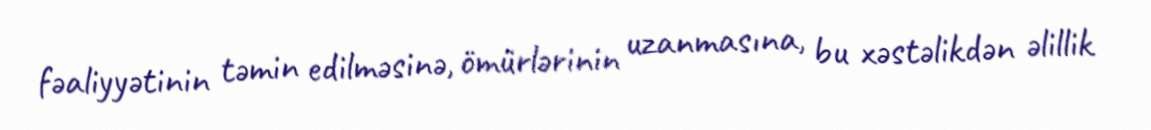
fəaliyyətinin təmin edilməsinə, ömürlərinin uzanmasına, bu xəstəlikdən əlillik